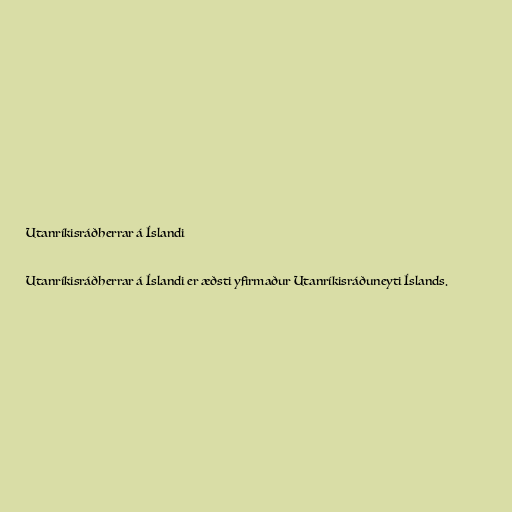
Utanríkisráðherrar á Íslandi

Utanríkisráðherrar á Íslandi er æðsti yfirmaður Utanríkisráðuneyti Íslands.